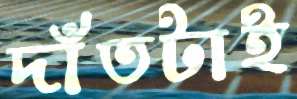
দাঁতটাই